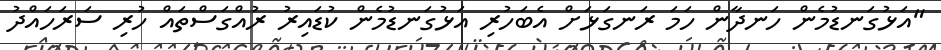
"އަޅުގަނޑުމެން ހަނދާން ހަމަ ރަނގަޅަށް އެބަހުރި އަޅުގަނޑުމެން ކުޑައިރު ރުއްގަސްތައް ހުރި ސަރަހައްދު